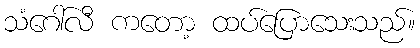
သံဂေါ်လီ ကတော့ ထပ်ပြောသေးသည်။